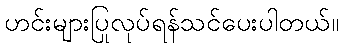
ဟင်းများပြုလုပ်ရန်သင်ပေးပါတယ်။